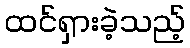
ထင်ရှားခဲ့သည့်